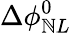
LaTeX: \Delta\phi_{\mathbb{N}L}^{0}